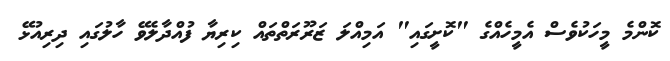
ކޮންމެ މީހަކުވެސް އެމީހެއްގެ "ކޮށީގައި" އަމިއްލަ ޒަރޫރަތްތައް ކިރިޔާ ފުއްދާލެވޭ ހާލުގައި ދިރިއުޅޭ